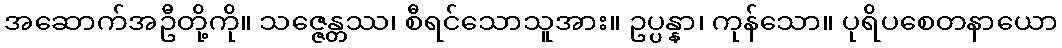
အဆောက်အဦတို့ကို။ သဇ္ဇေန္တဿ၊ စီရင်သောသူအား။ ဥပ္ပန္နာ၊ ကုန်သော။ ပုရိပစေတနာယော